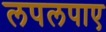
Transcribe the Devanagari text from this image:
लपलपाए